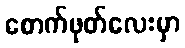
စောက်ဖုတ်လေးမှာ